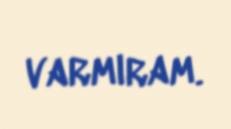
varmıram.